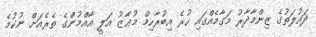
ދައުލަތުގެ ޒިންމާދާރު މަގާމެއްގައި ހުރެ އިބުރާހިމް މުޢާޒު އަލީ އާއްމުންގެ ތެރެއަށް ނުކުމެ